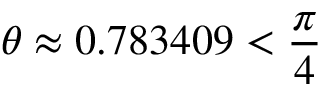
\theta \approx 0 . 7 8 3 4 0 9 < \frac { \pi } { 4 }